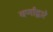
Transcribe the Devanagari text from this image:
वर्णांद्वारे